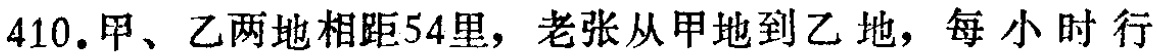
410.甲、乙两地相距54里，老张从甲地到乙地，每小时行